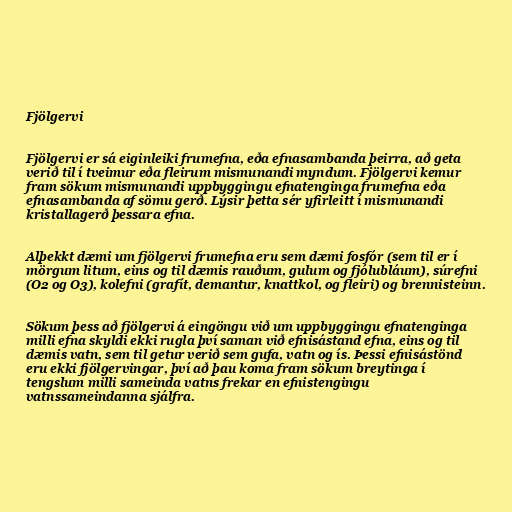
Fjölgervi

Fjölgervi er sá eiginleiki frumefna, eða efnasambanda þeirra, að geta
verið til í tveimur eða fleirum mismunandi myndum. Fjölgervi kemur
fram sökum mismunandi uppbyggingu efnatenginga frumefna eða
efnasambanda af sömu gerð. Lýsir þetta sér yfirleitt í mismunandi
kristallagerð þessara efna.

Alþekkt dæmi um fjölgervi frumefna eru sem dæmi fosfór (sem til er í
mörgum litum, eins og til dæmis rauðum, gulum og fjólubláum), súrefni
(O2 og O3), kolefni (grafít, demantur, knattkol, og fleiri) og brennisteinn.

Sökum þess að fjölgervi á eingöngu við um uppbyggingu efnatenginga
milli efna skyldi ekki rugla því saman við efnisástand efna, eins og til
dæmis vatn, sem til getur verið sem gufa, vatn og ís. Þessi efnisástönd
eru ekki fjölgervingar, því að þau koma fram sökum breytinga í
tengslum milli sameinda vatns frekar en efnistengingu
vatnssameindanna sjálfra.